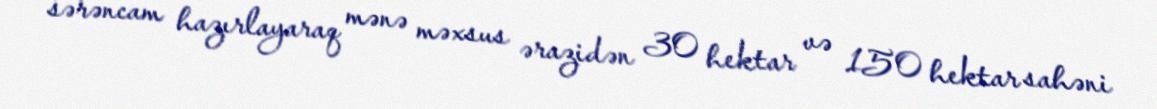
sərəncam hazırlayaraq mənə məxsus ərazidən 30 hektar və 150 hektar sahəni